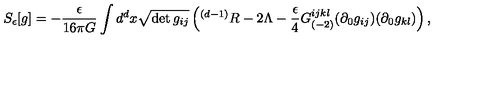
S _ { \epsilon } [ g ] = - \frac { \epsilon } { 1 6 \pi G } \int d ^ { d } x \sqrt { \det g _ { i j } } \left( { } ^ { ( d - 1 ) } R - 2 \Lambda - \frac { \epsilon } { 4 } G _ { ( - 2 ) } ^ { i j k l } ( \partial _ { 0 } g _ { i j } ) ( \partial _ { 0 } g _ { k l } ) \right) ,